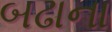
બઢાના